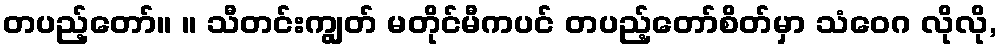
တပည့်တော်။ ။ သီတင်းကျွတ် မတိုင်မီကပင် တပည့်တော်စိတ်မှာ သံဝေဂ လိုလို,